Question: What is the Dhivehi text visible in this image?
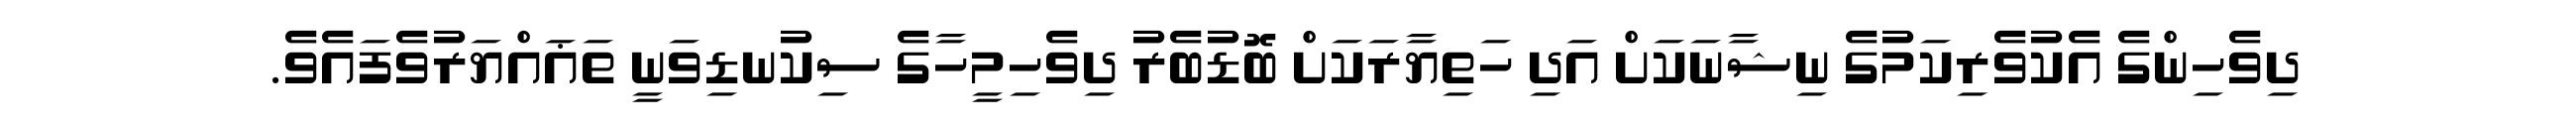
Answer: ދިވެހިންގެ އެކުވެރިކަމުގެ ނިޝާނަކަށް އަދި ހަތިޔާރަކަށް ބޮޑުބެރު ދިވެހިމީހާގެ ސިކުނޑިވަނީ ތަޣައްޔަރުވެފައެވެ.